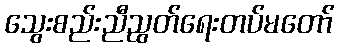
သွေးစည်းညီညွတ်ရေးတပ်မတော်